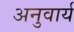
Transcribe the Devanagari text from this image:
अनुवार्य